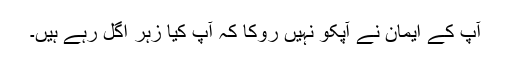
آپ کے ایمان نے آپکو نہیں روکا کہ آپ کیا زہر اگل رہے ہیں۔